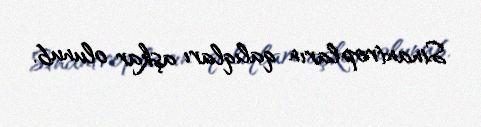
Sinantropların qalıqları aşkar olunub.